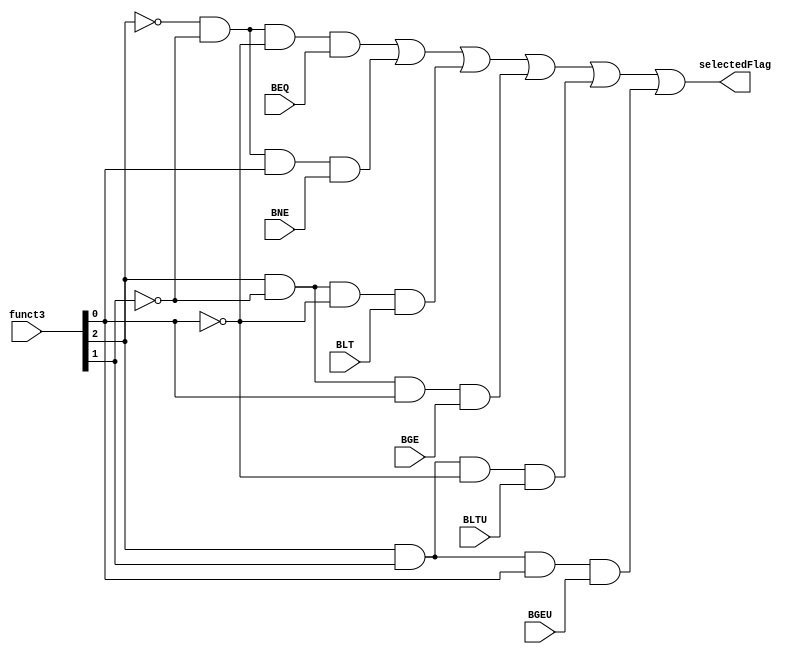
module mux6x1_1b(BEQ, BNE, BLT, BGE, BLTU, BGEU, funct3, selectedFlag);
 
input BEQ, BNE, BLT, BGE, BLTU, BGEU;
input [2:0] funct3;
output selectedFlag;

wire isBEQ, isBNE, isBLT, isBGE, isBLTU, isBGEU;

and (isBEQ, ~funct3[2], ~funct3[1], ~funct3[0], BEQ);
and (isBNE, ~funct3[2], ~funct3[1], funct3[0], BNE);
and (isBLT, funct3[2], ~funct3[1], ~funct3[0], BLT);
and (isBGE, funct3[2], ~funct3[1], funct3[0], BGE);
and (isBLTU, funct3[2], funct3[1], ~funct3[0], BLTU);
and (isBGEU, funct3[2], funct3[1], funct3[0], BGEU);

or (selectedFlag, isBEQ, isBNE, isBLT, isBGE, isBLTU, isBGEU);
endmodule